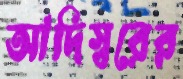
আদিস্বরের